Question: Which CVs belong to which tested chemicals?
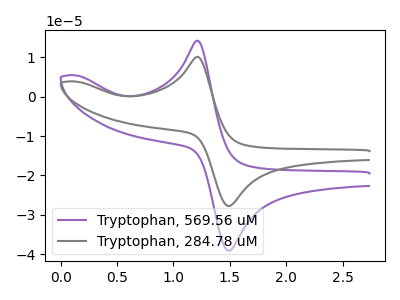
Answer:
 <answer>The purple curve is labeled "Tryptophan, 569.56 uM". The gray curve is labeled "Tryptophan, 284.78 uM".</answer>
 <eval></eval>